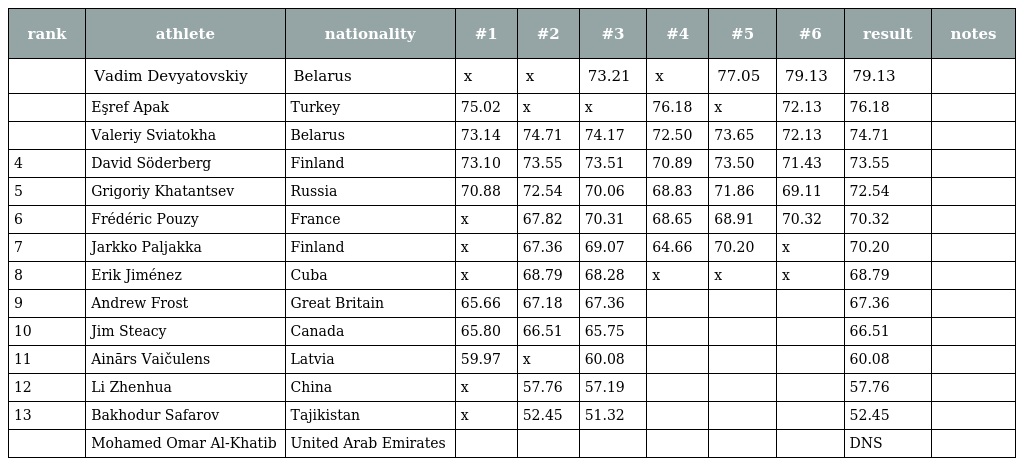
| rank | athlete | nationality | #1 | #2 | #3 | #4 | #5 | #6 | result | notes |
 | --- | --- | --- | --- | --- | --- | --- | --- | --- | --- | --- |
 |  | Vadim Devyatovskiy | Belarus | x | x | 73.21 | x | 77.05 | 79.13 | 79.13 |  |
 |  | Eşref Apak | Turkey | 75.02 | x | x | 76.18 | x | 72.13 | 76.18 |  |
 |  | Valeriy Sviatokha | Belarus | 73.14 | 74.71 | 74.17 | 72.50 | 73.65 | 72.13 | 74.71 |  |
 | 4 | David Söderberg | Finland | 73.10 | 73.55 | 73.51 | 70.89 | 73.50 | 71.43 | 73.55 |  |
 | 5 | Grigoriy Khatantsev | Russia | 70.88 | 72.54 | 70.06 | 68.83 | 71.86 | 69.11 | 72.54 |  |
 | 6 | Frédéric Pouzy | France | x | 67.82 | 70.31 | 68.65 | 68.91 | 70.32 | 70.32 |  |
 | 7 | Jarkko Paljakka | Finland | x | 67.36 | 69.07 | 64.66 | 70.20 | x | 70.20 |  |
 | 8 | Erik Jiménez | Cuba | x | 68.79 | 68.28 | x | x | x | 68.79 |  |
 | 9 | Andrew Frost | Great Britain | 65.66 | 67.18 | 67.36 |  |  |  | 67.36 |  |
 | 10 | Jim Steacy | Canada | 65.80 | 66.51 | 65.75 |  |  |  | 66.51 |  |
 | 11 | Ainārs Vaičulens | Latvia | 59.97 | x | 60.08 |  |  |  | 60.08 |  |
 | 12 | Li Zhenhua | China | x | 57.76 | 57.19 |  |  |  | 57.76 |  |
 | 13 | Bakhodur Safarov | Tajikistan | x | 52.45 | 51.32 |  |  |  | 52.45 |  |
 |  | Mohamed Omar Al-Khatib | United Arab Emirates |  |  |  |  |  |  | DNS |  |